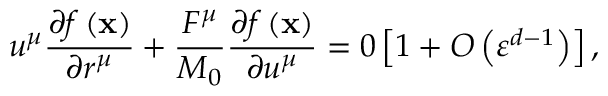
u ^ { \mu } \frac { \partial f \left( \mathbf { x } \right) } { \partial r ^ { \mu } } + \frac { F ^ { \mu } } { M _ { 0 } } \frac { \partial f \left( \mathbf { x } \right) } { \partial u ^ { \mu } } = 0 \left[ 1 + O \left( \varepsilon ^ { d - 1 } \right) \right] ,